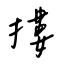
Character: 摟